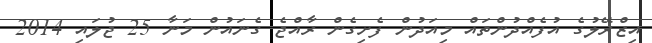
އިޒްރޭލުގެ އުފެއްދުންތައް މިއަދުން ފެށިގެން ރާއްޖެ ގެނައުން މަނާ 25 ޖުލައި 2014